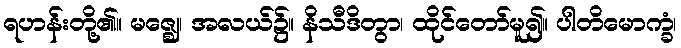
ရဟန်းတို့၏။ မဇ္ဈေ၊ အလယ်၌။ နိသီဒိတွာ၊ ထိုင်တော်မူ၍။ ပါတိမောက္ခံ၊